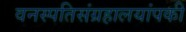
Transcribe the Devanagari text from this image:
वनस्पतिसंग्रहालयांपकी